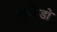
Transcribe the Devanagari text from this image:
जुकिडो